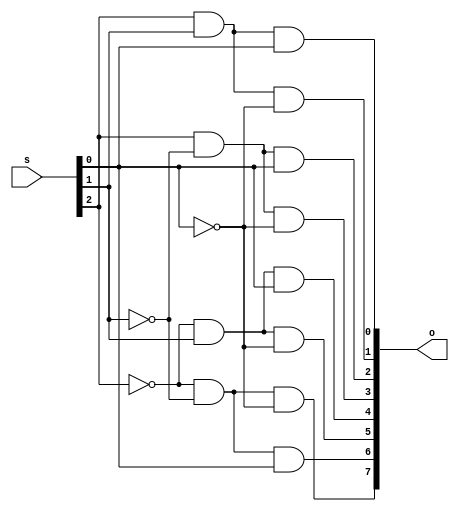
/*
Quinn Lawrence Roemer
SID: 301323594
March 4 2020
*/

module decoderMod(s, o);
    input [2:0] s;
    output [0:7] o;
    wire [2:0] inv_s;

    not(inv_s[2], s[2]);
    not(inv_s[1], s[1]);
    not(inv_s[0], s[0]);

    and(o[0], inv_s[2], inv_s[1], inv_s[0]);
    and(o[1], inv_s[2], inv_s[1], s[0]);
    and(o[2], inv_s[2], s[1], inv_s[0]);
    and(o[3], inv_s[2], s[1], s[0]);
    and(o[4], s[2], inv_s[1], inv_s[0]);
    and(o[5], s[2], inv_s[1], s[0]);
    and(o[6], s[2], s[1], inv_s[0]);
    and(o[7], s[2], s[1], s[0]);
endmodule

module muxMod(s, d, o);
    input[2:0] s;
    input[0:7] d;
    output o;

    wire[0:7] s_decoded, and_out;

    decoderMod my_decoder(s, s_decoded);

    and(and_out[0], d[0], s_decoded[0]);
    and(and_out[1], d[1], s_decoded[1]);
    and(and_out[2], d[2], s_decoded[2]);
    and(and_out[3], d[3], s_decoded[3]);
    and(and_out[4], d[4], s_decoded[4]);
    and(and_out[5], d[5], s_decoded[5]);
    and(and_out[6], d[6], s_decoded[6]);
    and(and_out[7], d[7], s_decoded[7]);

    or(o, and_out[0], and_out[1], and_out[2], and_out[3], and_out[4], and_out[5], and_out[6], and_out[7]);
endmodule


module testMod;
    reg[2:0] s;
    reg[0:7] d;
    wire o;

    integer select, index;

    muxMod myMux(s, d, o);

    initial begin
        $display("Time  s..  d.......  o");
        $display("----  ---  --------  -");
        $monitor("%4d  %b  %b  %b", $time, s, d, o);
    end

    initial begin
	    for(select = 0; select < 8; select = select + 1) 
        begin
    	    for(index = 0; index < 256; index = index + 1) 
            begin
                s = select;
                d = index;
                #1;
            end
    	end
    end
endmodule